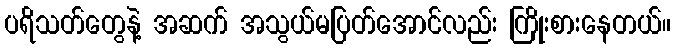
ပရိသတ်တွေနဲ့ အဆက် အသွယ်မပြတ်အောင်လည်း ကြိုးစားနေတယ်။